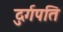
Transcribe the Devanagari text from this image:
दुर्गपति